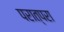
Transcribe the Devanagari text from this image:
परात्परा